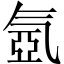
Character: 氬